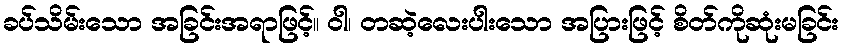
ခပ်သိမ်းသော အခြင်းအရာဖြင့်။ ဝါ၊ တဆဲ့လေးပါးသော အပြားဖြင့် စိတ်ကိုဆုံးမခြင်း